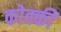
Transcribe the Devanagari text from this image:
कोक्की